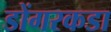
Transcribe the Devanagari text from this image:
डोंगरकडा